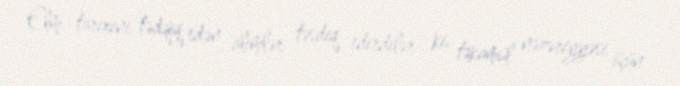
Elm tarixini tədqiq edən alimlər təsdiq edirdilər ki, təkamül nəzəriyyəsi üçün